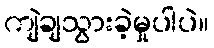
ကျဲချသွားခဲ့မှုပါပဲ။